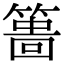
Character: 𥲞